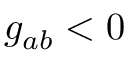
g _ { a b } < 0